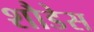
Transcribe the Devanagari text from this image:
शौडेस